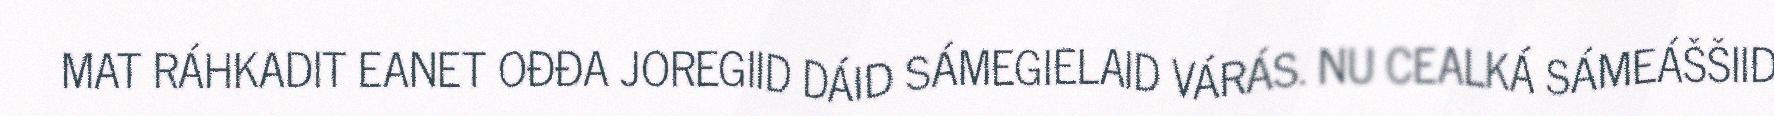
MAT RÁHKADIT EANET OĐĐA JOREGIID DÁID SÁMEGIELAID VÁRÁS. NU CEALKÁ SÁMEÁŠŠIID